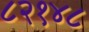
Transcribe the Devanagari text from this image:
८२१४८